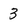
Character: 3